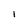
Character: I